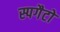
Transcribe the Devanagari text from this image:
स्पगैटो